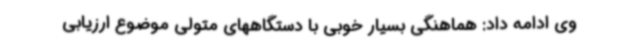
وی ادامه داد: هماهنگی بسیار خوبی با دستگاههای متولی موضوع ارزیابی